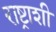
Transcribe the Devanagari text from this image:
राष्ट्राशी